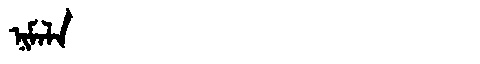
Manchu: ᠨᡳᠮᠠᠯᠠ
Romanization: NIMALA